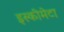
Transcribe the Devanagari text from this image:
इस्कीमेटा